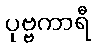
ပုဗ္ဗကာရီ